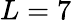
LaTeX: L=7